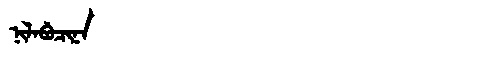
Manchu: ᠨᡳᠯᠠᠪᡠᠴᡳᠨᠠ
Romanization: NILABUCINA